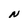
Character: N